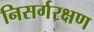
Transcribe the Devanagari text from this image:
निसर्गरक्षण